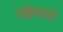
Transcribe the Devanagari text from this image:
रह्नेवाले